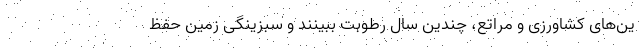
ین‌های کشاورزی و مراتع، چندین سال رطوبت ببینند و سبزینگی زمین حفظ